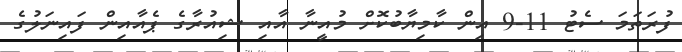
ފުރަތަމަ ސެޓު 11-9 އިން ކާމިޔާބުކޮށް މުއީނާ އާއި ޝިއުރާގެ ޕެއާއިން ފައިނަލުގެ